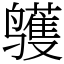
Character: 鹱